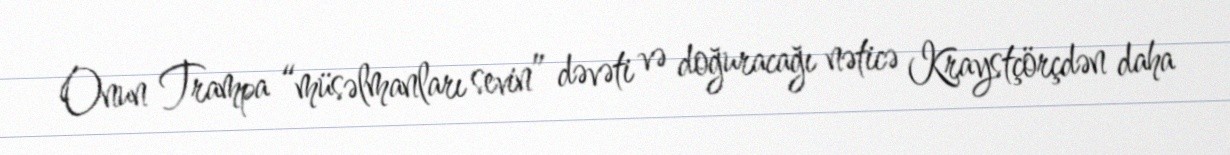
Onun Trampa “müsəlmanları sevin” dəvəti və doğuracağı nəticə Kraystçörçdən daha